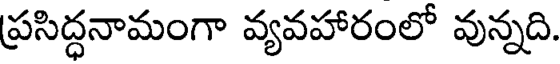
ప్రసిద్ధనామంగా వ్యవహారంలో వున్నది.